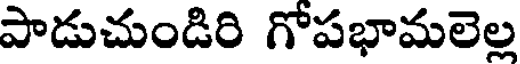
పాడుచుండిరి గోపభామలెల్ల